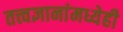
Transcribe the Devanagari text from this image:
तत्त्वज्ञानांमध्येही